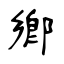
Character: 鄕